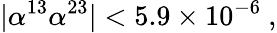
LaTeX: |\alpha^{13}\alpha^{23}|<5.9\times 10^{-6}\ ,